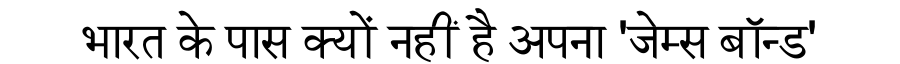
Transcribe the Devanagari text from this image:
भारत के पास क्यों नहीं है अपना 'जेम्स बॉन्ड'